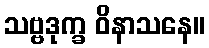
သဗ္ဗဒုက္ခ ဝိနာသနေ။